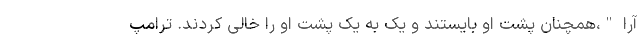
آرا "،همچنان پشت او بایستند و یک به یک پشت او را خالی کردند. ترامپ